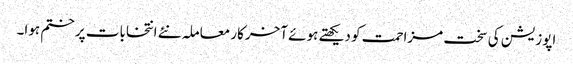
اپوزیشن کی سخت مزاحمت کو دیکھتے ہوئے آخرکار معاملہ نئے انتخابات پر ختم ہوا۔